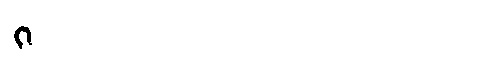
Manchu:  ᡳ
Romanization: -I